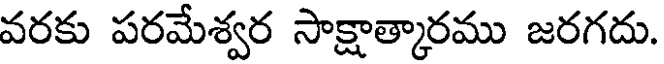
వరకు పరమేశ్వర సాక్షాత్కారము జరగదు.